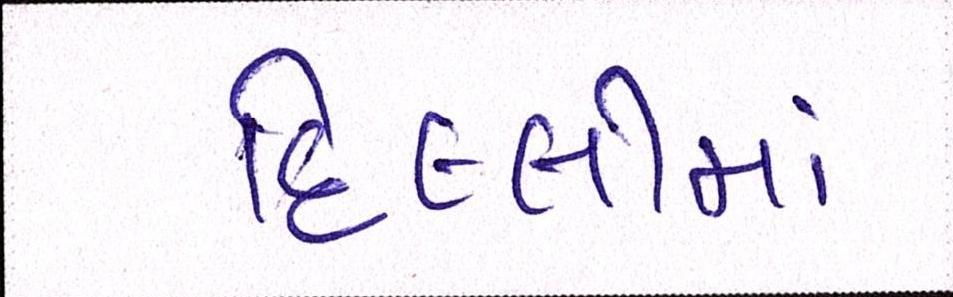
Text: દિલ્લીમાં